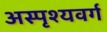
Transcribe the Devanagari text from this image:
अस्पृश्यवर्ग